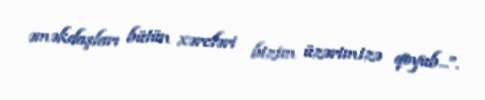
əməkdaşları bütün xərcləri bizim üzərimizə qoyub...”.